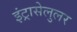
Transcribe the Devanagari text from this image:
इंट्रासेलुलर